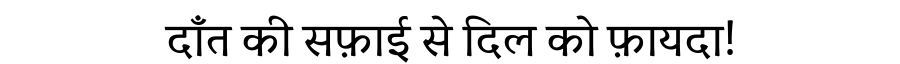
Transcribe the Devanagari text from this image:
दाँत की सफ़ाई से दिल को फ़ायदा!